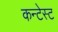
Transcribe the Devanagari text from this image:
कन्टेस्ट